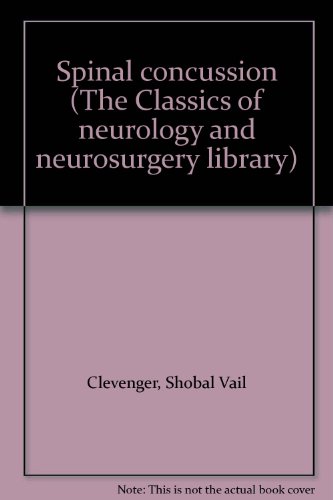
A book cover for Spinal concussion (The Classics of neurology and neurosurgery library); Shobal Vail Clevenger; Health, Fitness & Dieting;